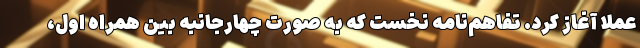
عملا آغاز کرد. تفاهم‌نامه نخست که به صورت چهارجانبه بین همراه اول،